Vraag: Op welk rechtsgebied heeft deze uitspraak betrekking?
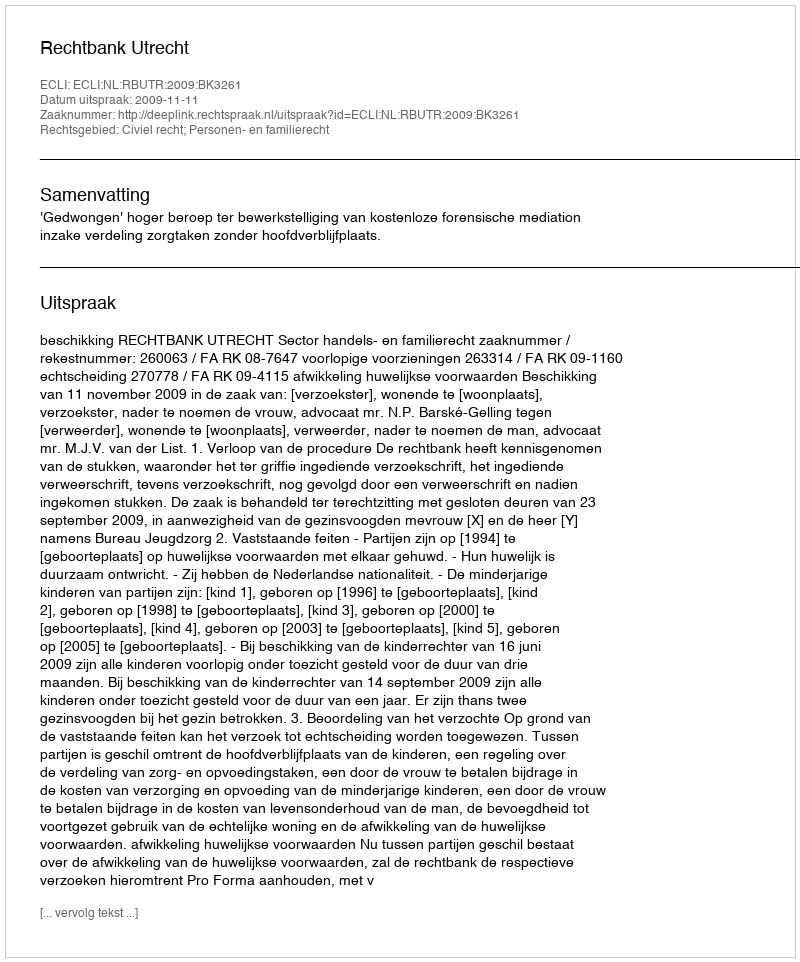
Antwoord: Civiel recht; Personen- en familierecht